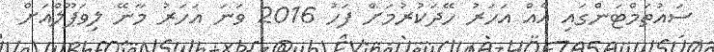
ސައުތަމްޓަންގައި އެއް އަހަރު ހޭދަކުރުމަށް ފަހު 2016 ވަނަ އަހަރު މާނޭ ލިވަޕޫލްއަށް